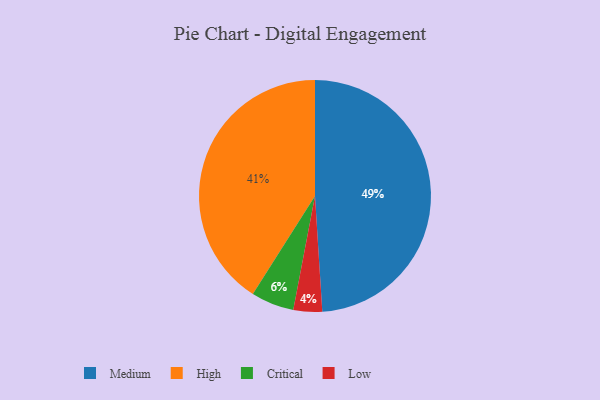
{"axis": {"x": "Category", "y": "Percentage"}, "legend": ["Critical", "High", "Low", "Medium"], "data": [{"x": "High", "y": 41, "type": "High"}, {"x": "Medium", "y": 49, "type": "Medium"}, {"x": "Low", "y": 4, "type": "Low"}, {"x": "Critical", "y": 6, "type": "Critical"}]}